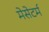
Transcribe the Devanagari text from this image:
मेसेटर्म